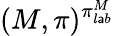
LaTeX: (M,\pi)^{\pi_{l\mathsf{a}b}^{M}}